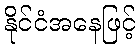
နိုင်ငံအနေဖြင့်